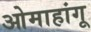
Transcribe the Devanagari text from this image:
ओमाहांगू